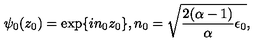
\psi _ { 0 } ( z _ { 0 } ) = \exp \{ i n _ { 0 } z _ { 0 } \} , n _ { 0 } = \sqrt { { \frac { 2 ( \alpha - 1 ) } { \alpha } } \epsilon _ { 0 } } ,